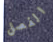
الفصل